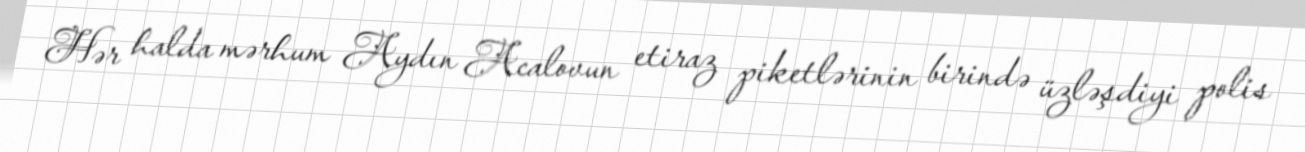
Hər halda mərhum Aydın Acalovun etiraz piketlərinin birində üzləşdiyi polis